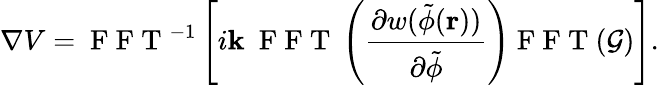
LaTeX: \nabla V=\mathrm{~F~F~T~}^{-1}\left[i\mathbf{k}~\mathrm{~F~F~T~}\left(\frac{\partial w(\tilde{\phi}(\mathbf{r}))}{\partial\tilde{\phi}}\right)\mathrm{~F~F~T~}(\mathcal{G})\right].